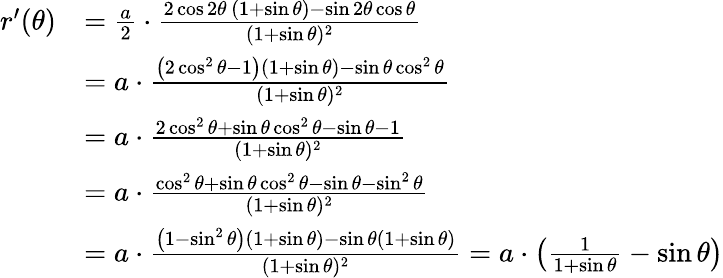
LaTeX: \begin{array}{rl}{r^{\prime}(\theta)}&{=\frac a2\cdot\frac{2\cos 2\theta\, (1+\sin\theta)-\sin 2\theta\cos\theta}{(1+\sin\theta)^{2}}}\\ &{=a\cdot\frac{\left(2\cos^{2}\theta-1\right)(1+\sin\theta)-\sin\theta\cos^{2}\theta}{(1+\sin\theta)^{2}}}\\ &{=a\cdot\frac{2\cos^{2}\theta+\sin\theta\cos^{2}\theta-\sin\theta-1}{(1+\sin\theta)^{2}}}\\ &{=a\cdot\frac{\cos^{2}\theta+\sin\theta\cos^{2}\theta-\sin\theta-\sin^{2}\theta}{(1+\sin\theta)^{2}}}\\ &{=a\cdot\frac{\left(1-\sin^{2}\theta\right)(1+\sin\theta)-\sin\theta(1+\sin\theta)}{(1+\sin\theta)^{2}}=a\cdot\left(\frac 1{1+\sin\theta}-\sin\theta\right)}\end{array}